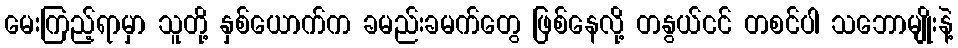
မေးကြည့်ရာမှာ သူတို့ နှစ်ယောက်က ခမည်းခမက်တွေ ဖြစ်နေလို့ တနွယ်ငင် တစင်ပါ သဘောမျိုးနဲ့